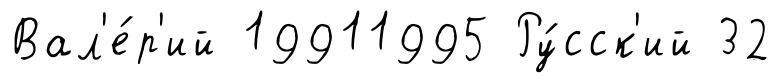
Вал'е́р'ий 19911995 Ру́сск'ий 32